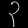
Digit: ၃